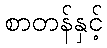
စာတန်နှင့်